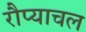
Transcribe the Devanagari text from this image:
रौप्याचल